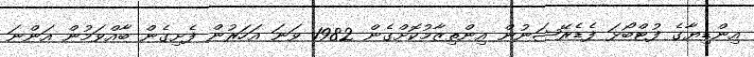
އިންޑިޔާގެ ފުޓްބޯޅަ ފެޑެރޭޝަނުން އިންތިޒާމުކޮށްގެން 1982 ވަނަ އަހަރުން ފެށިގެން ބާއްވަމުން އަންނަ